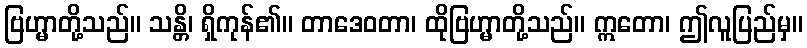
ဗြဟ္မာတို့သည်။ သန္တိ၊ ရှိကုန်၏။ တာဒေဝတာ၊ ထိုဗြဟ္မာတို့သည်။ ဣတော၊ ဤလူပြည်မှ။